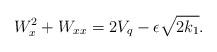
LaTeX: \begin{align*}W_x^2 + W_{xx} = 2 V_q - \epsilon \sqrt{2k_1}. \end{align*}